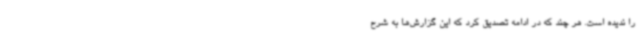
را ندیده است. هر چند که در ادامه تصدیق کرد که این گزارش‌ها به شرح